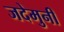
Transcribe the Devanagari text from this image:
जदेमुनी